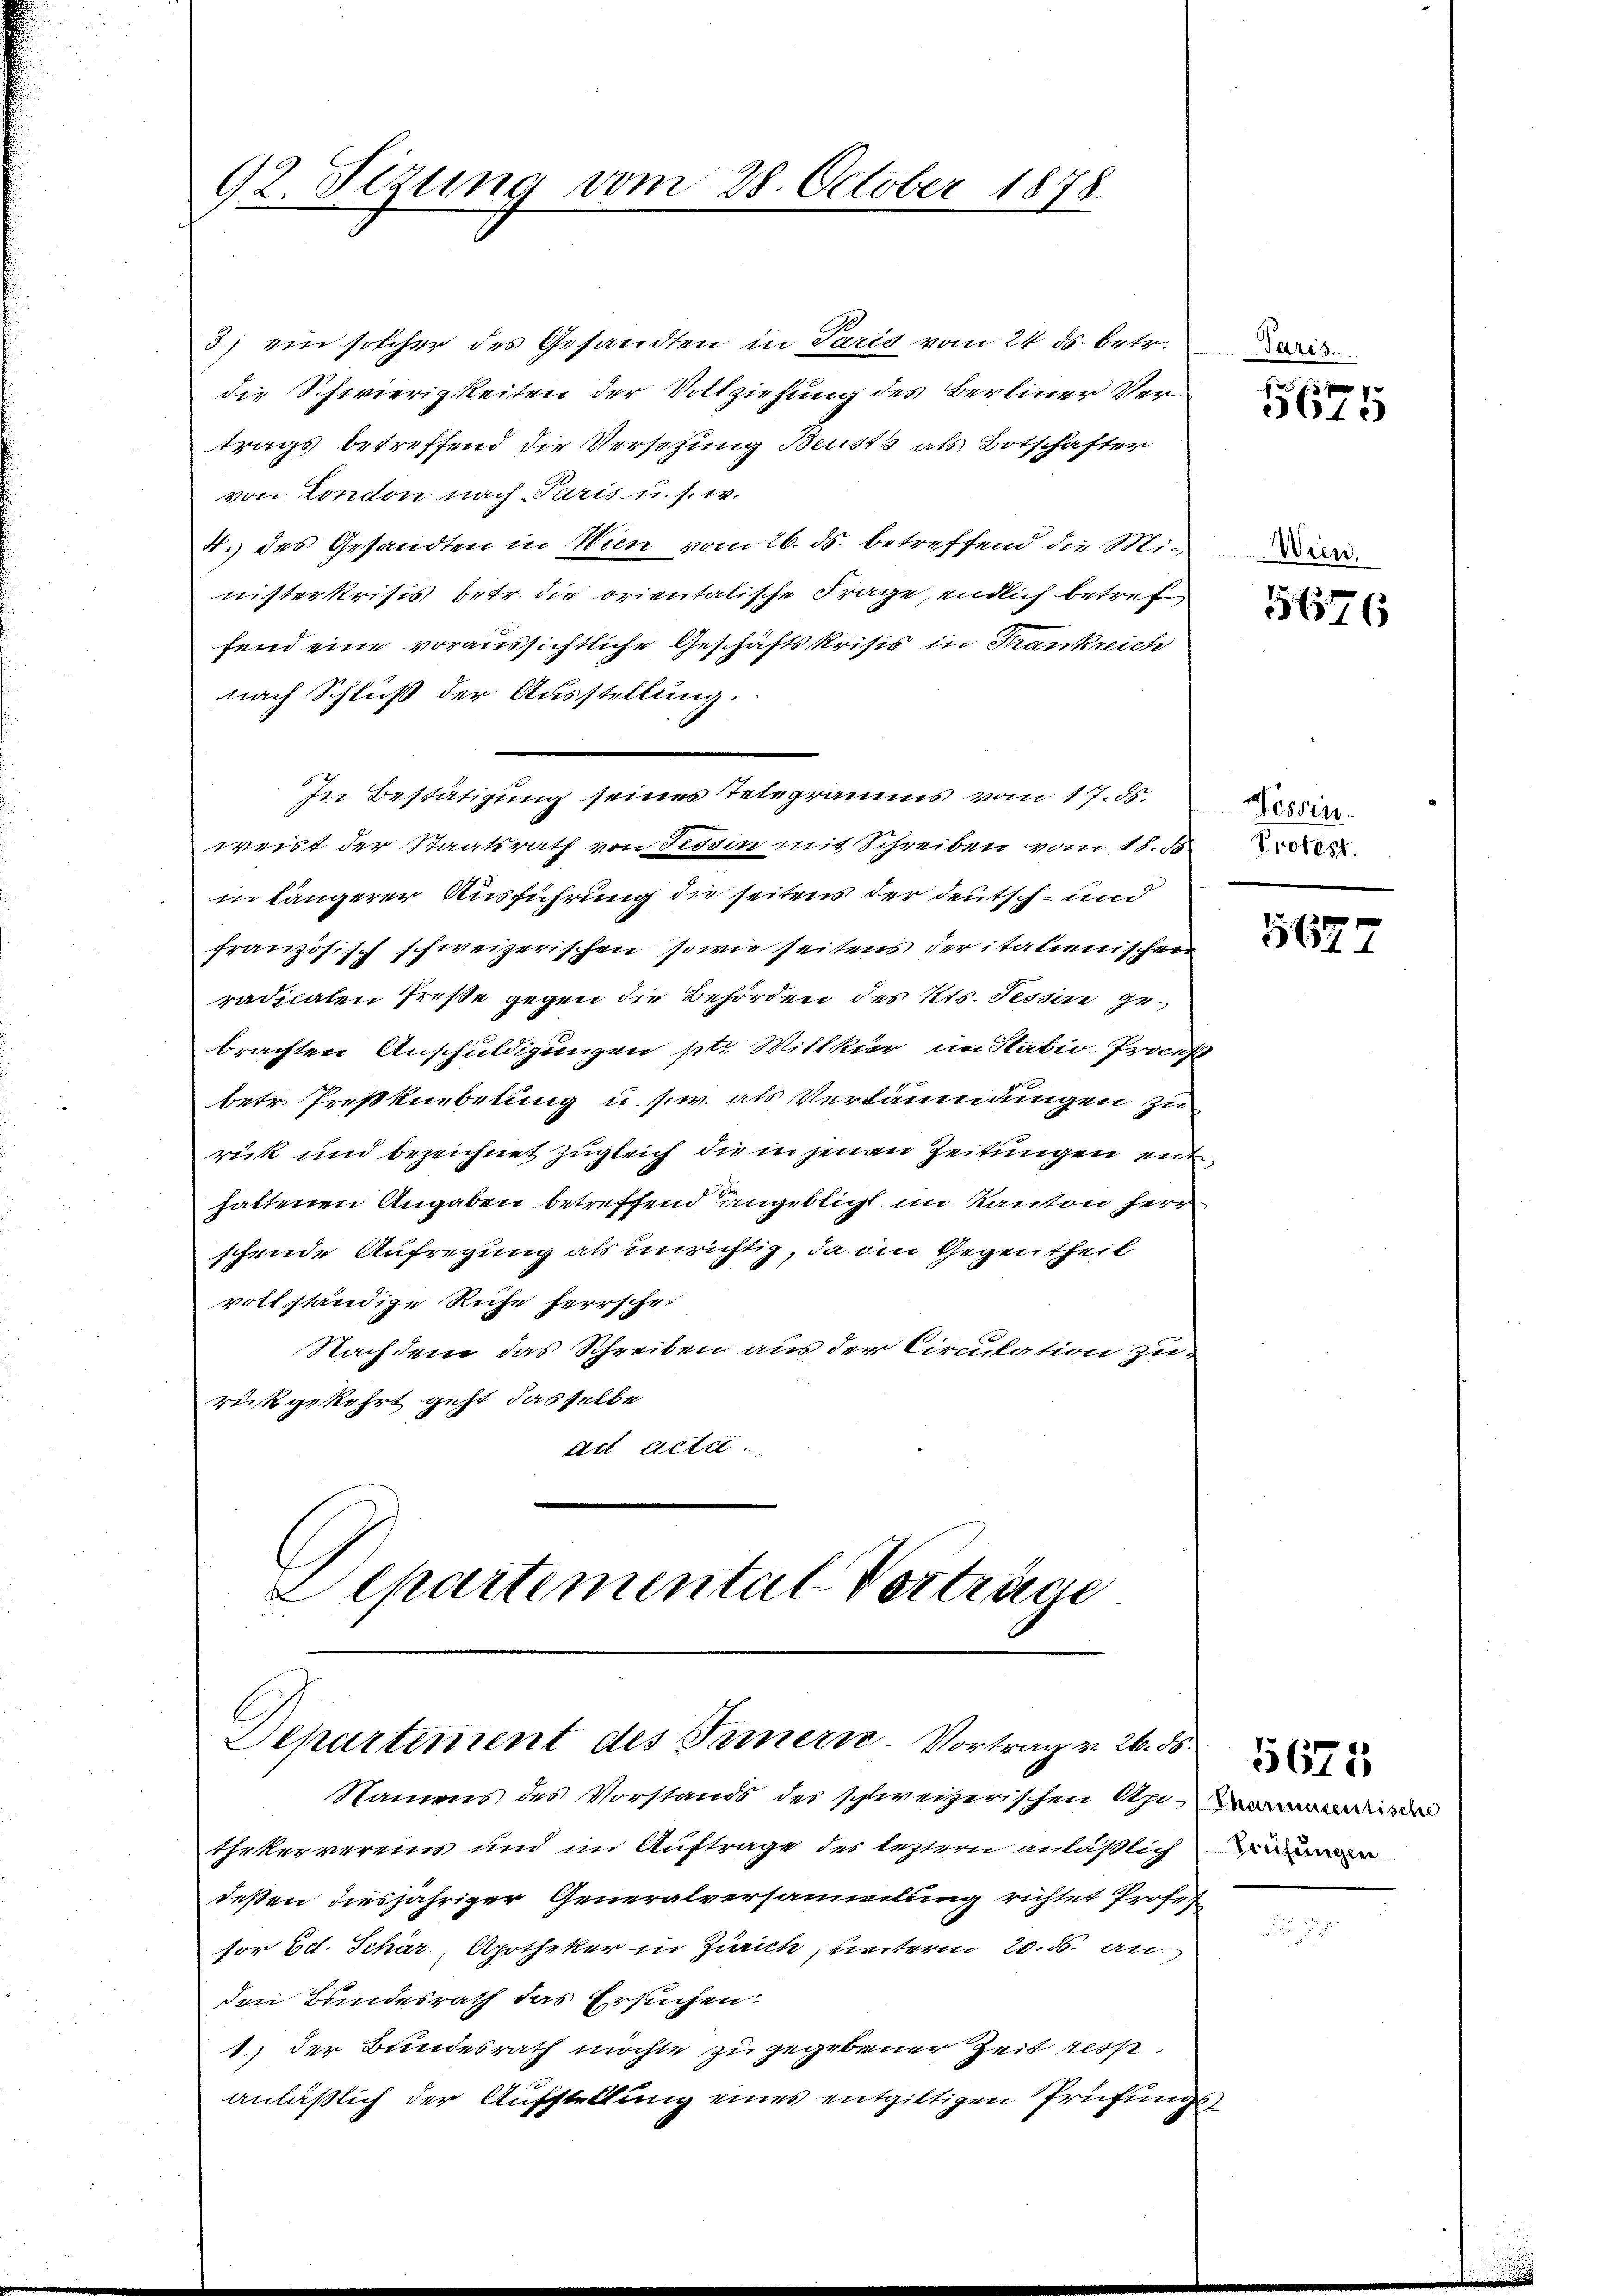
92. Sezung vom 28. October 1878.

3.) ein solcher des Gesandten in Paris vom 24. ds. betr.
die Schwierigkeiten der Vollziehung des Berliner Vertrags betreffend die Versetzung Beusts als Botschäfter
von London nach Paris u. s. w.
4.) des Gesandten in Wien vom 26. ds. betreffend die Ministerkrisis betr. die orientalische Frage, endlich betref
fend eine voraussichtliche Geschäftskrisis in Frankreich
nach Schluß der Ausstellung.
weist der Staatsrath von Tessin mit Schreiben vom 18.8.XXI.
in längerer Ausführung die seitens der deutsch- und
französisch schweizerischen sowie seitens der italienischen
radicaten Preße gegen die Behörden des Kts. Tessin gebrachten Anschuldigungen pto Willkür im Stativ-Proceß
betr. Preßkuebelung u. s. w. als Versäumungen zu
rück und bezeichnet zugleich die in jenen Zeitungen enthaltenen Angaben betreffend Angeblicht im Kanton herr
schende Aufregung als unrichtig, da den Gegentheil
vollständige Ruhe herrschei
Nachdem das Schreiben aus der Circulation zu
rükgekehrt geht, dasselbe
Art Acte
Departemental Verträge

In Bestätigung seines Telegramms vom 17. ds.

Departement des Fernern. Vortrag v. 26. d
Namens des Vorstands des schweizerischen Api-de

thekervereins und im Auftrage des leztern anläßlich
deßen diesjähriger Generalversammlung richtet Profes
sor Ed. Schär, Apotheker in Zürich, unterm 20. d. an
den Bundesrath das Ersuchen:
1.) der Bundesrath möchte zu gegebener Zeit resp.
anläßlich der Aufstellung eines entgiltigen Prüfungs¬

Paris.

5675

Wien.

56876

Gessen.

5627

Prüfungen